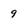
Character: 9